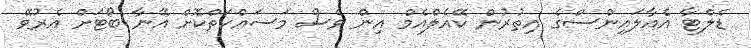
ޑެލްޓާ އެއާލައިންސްގެ އިތުރުން ކޭއެލްއެމް އިން ވެސް މަސައްކަތްކޮށް އޭނާ ބޯޓަށް އެރުވޭ